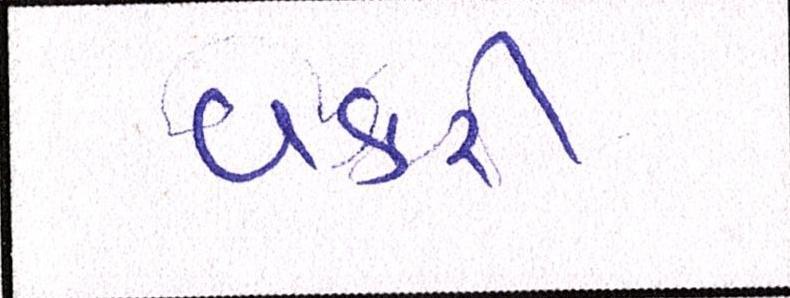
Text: વકરી